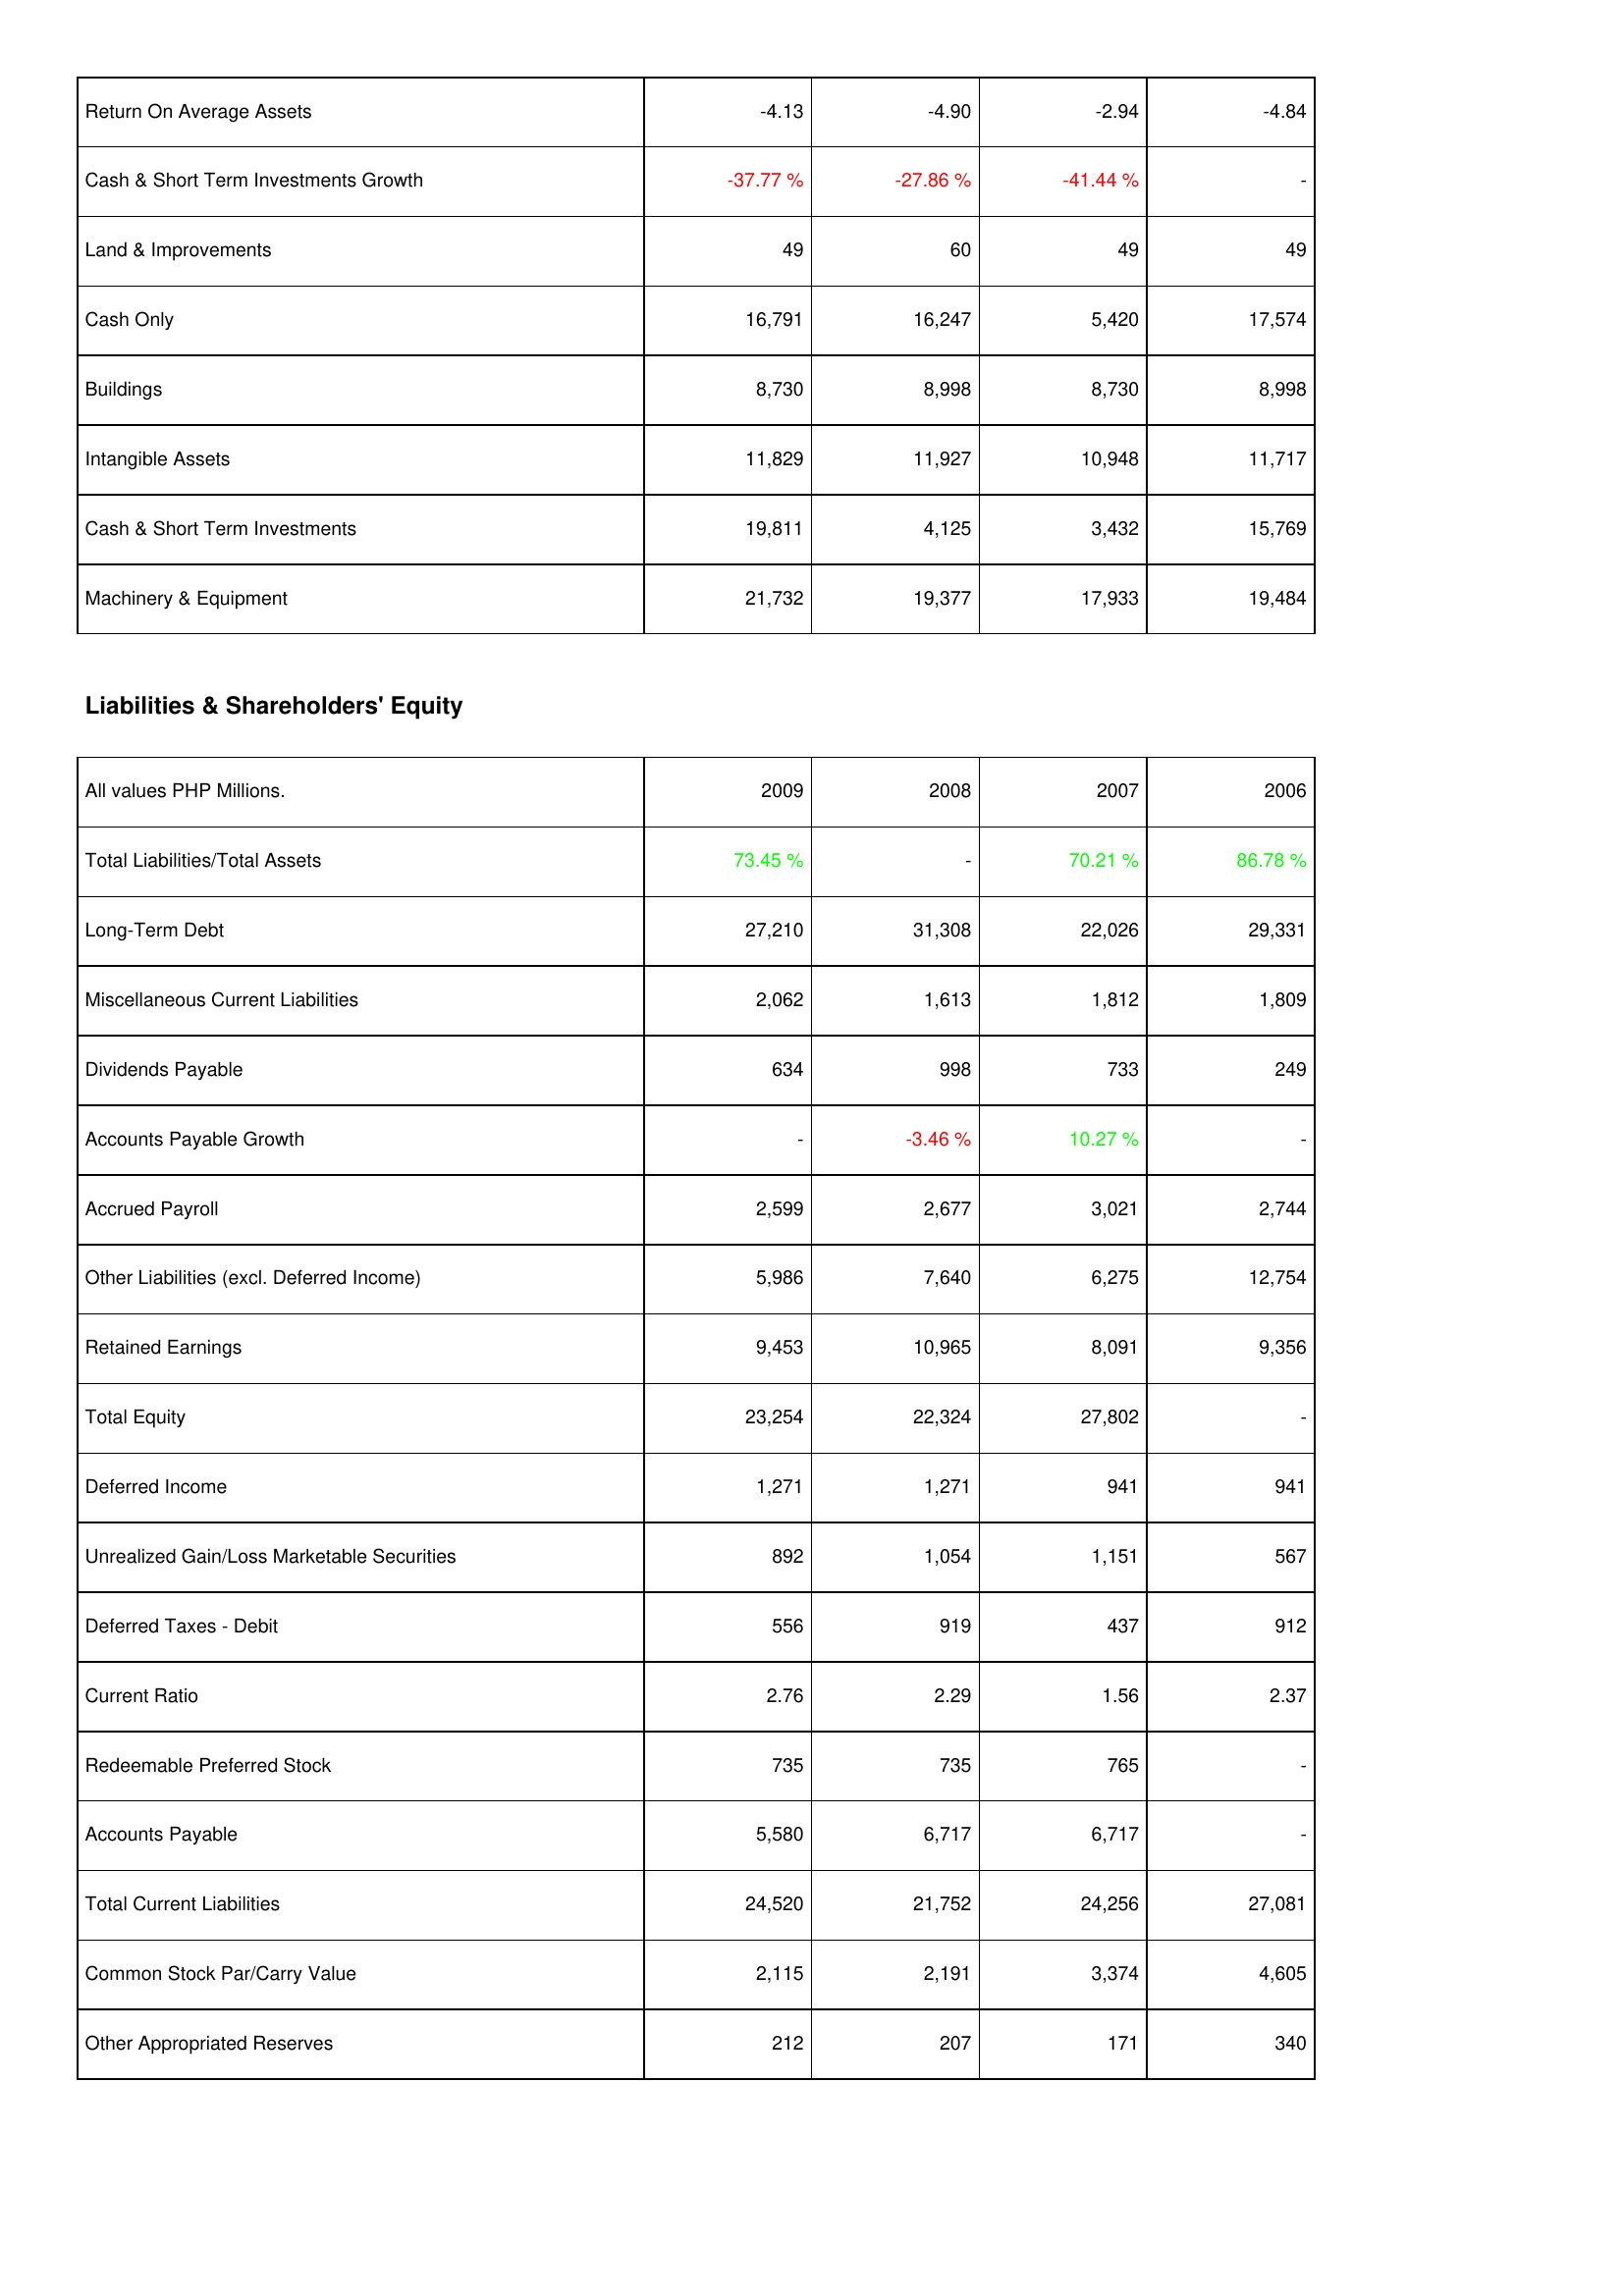
2009: Assets: Return On Average Assets: -4.13
Cash & Short Term Investments Growth: -37.77 %
Land & Improvements: 49
Cash Only: 16,791
Buildings: 8,730
Intangible Assets: 11,829
Cash & Short Term Investments: 19,811
Machinery & Equipment: 21,732
Liabilities & Shareholders' Equity: Total Liabilities/Total Assets: 73.45 %
Long-Term Debt: 27,210
Miscellaneous Current Liabilities: 2,062
Dividends Payable: 634
Accounts Payable Growth: -
Accrued Payroll: 2,599
Other Liabilities (excl. Deferred Income): 5,986
Retained Earnings: 9,453
Total Equity: 23,254
Deferred Income: 1,271
Unrealized Gain/Loss Marketable Securities: 892
Deferred Taxes - Debit: 556
Current Ratio: 2.76
Redeemable Preferred Stock: 735
Accounts Payable: 5,580
Total Current Liabilities: 24,520
Common Stock Par/Carry Value: 2,115
Other Appropriated Reserves: 212
2008: Assets: Return On Average Assets: -4.90
Cash & Short Term Investments Growth: -27.86 %
Land & Improvements: 60
Cash Only: 16,247
Buildings: 8,998
Intangible Assets: 11,927
Cash & Short Term Investments: 4,125
Machinery & Equipment: 19,377
Liabilities & Shareholders' Equity: Total Liabilities/Total Assets: -
Long-Term Debt: 31,308
Miscellaneous Current Liabilities: 1,613
Dividends Payable: 998
Accounts Payable Growth: -3.46 %
Accrued Payroll: 2,677
Other Liabilities (excl. Deferred Income): 7,640
Retained Earnings: 10,965
Total Equity: 22,324
Deferred Income: 1,271
Unrealized Gain/Loss Marketable Securities: 1,054
Deferred Taxes - Debit: 919
Current Ratio: 2.29
Redeemable Preferred Stock: 735
Accounts Payable: 6,717
Total Current Liabilities: 21,752
Common Stock Par/Carry Value: 2,191
Other Appropriated Reserves: 207
2007: Assets: Return On Average Assets: -2.94
Cash & Short Term Investments Growth: -41.44 %
Land & Improvements: 49
Cash Only: 5,420
Buildings: 8,730
Intangible Assets: 10,948
Cash & Short Term Investments: 3,432
Machinery & Equipment: 17,933
Liabilities & Shareholders' Equity: Total Liabilities/Total Assets: 70.21 %
Long-Term Debt: 22,026
Miscellaneous Current Liabilities: 1,812
Dividends Payable: 733
Accounts Payable Growth: 10.27 %
Accrued Payroll: 3,021
Other Liabilities (excl. Deferred Income): 6,275
Retained Earnings: 8,091
Total Equity: 27,802
Deferred Income: 941
Unrealized Gain/Loss Marketable Securities: 1,151
Deferred Taxes - Debit: 437
Current Ratio: 1.56
Redeemable Preferred Stock: 765
Accounts Payable: 6,717
Total Current Liabilities: 24,256
Common Stock Par/Carry Value: 3,374
Other Appropriated Reserves: 171
2006: Assets: Return On Average Assets: -4.84
Cash & Short Term Investments Growth: -
Land & Improvements: 49
Cash Only: 17,574
Buildings: 8,998
Intangible Assets: 11,717
Cash & Short Term Investments: 15,769
Machinery & Equipment: 19,484
Liabilities & Shareholders' Equity: Total Liabilities/Total Assets: 86.78 %
Long-Term Debt: 29,331
Miscellaneous Current Liabilities: 1,809
Dividends Payable: 249
Accounts Payable Growth: -
Accrued Payroll: 2,744
Other Liabilities (excl. Deferred Income): 12,754
Retained Earnings: 9,356
Total Equity: -
Deferred Income: 941
Unrealized Gain/Loss Marketable Securities: 567
Deferred Taxes - Debit: 912
Current Ratio: 2.37
Redeemable Preferred Stock: -
Accounts Payable: -
Total Current Liabilities: 27,081
Common Stock Par/Carry Value: 4,605
Other Appropriated Reserves: 340